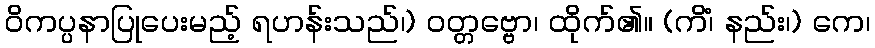
ဝိကပ္ပနာပြုပေးမည့် ရဟန်းသည်၊) ဝတ္တဗ္ဗော၊ ထိုက်၏။ (ကိံ၊ နည်း၊) ကေ၊